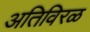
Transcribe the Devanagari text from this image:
अतिविरळ